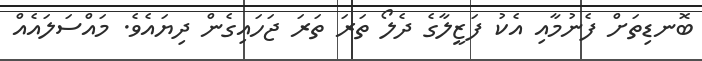
ބޮނޑިތަށް ފެނުމާއި އެކު ފަޒީލާގެ ދެލޯ ތަރަ ތަރަ ޖަހައިގެން ދިޔައެވެ. މައްސަލައެއް